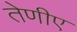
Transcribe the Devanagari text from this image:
तेणीए